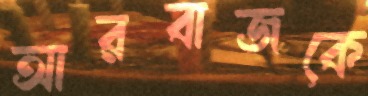
আরবাজকে